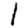
Digit: 1